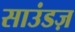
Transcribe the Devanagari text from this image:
साउंडज़